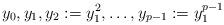
LaTeX: \begin{align*}y_0,y_1,y_2:=y_1^2,\dots,y_{p-1}:=y_1^{p-1}\end{align*}